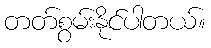
တတ်စွမ်းနိုင်ပါတယ်။